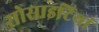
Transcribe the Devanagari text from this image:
सोसाइटियां